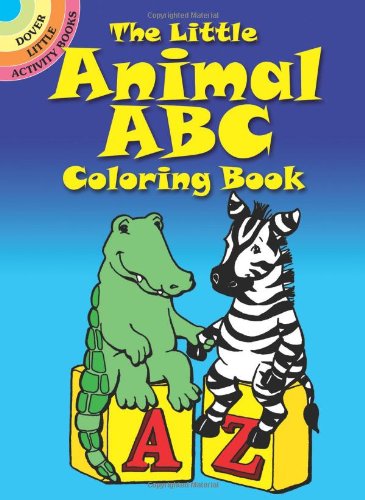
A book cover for The Little Animal ABC Coloring Book (Dover Little Activity Books); Nina Barbaresi; Children's Books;